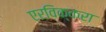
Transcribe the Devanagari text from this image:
एरविक्करा